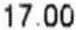
17.00